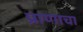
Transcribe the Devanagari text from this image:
प्राणाचा